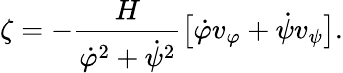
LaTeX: \zeta=-\frac{H}{\dot{\varphi}^{2}+\dot{\psi}^{2}}\bigl[\dot{\varphi}v_{\varphi}+\dot{\psi}v_{\psi}\bigr].